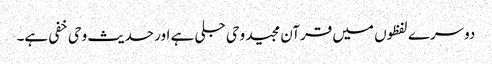
دوسرے لفظوں میں قرآن مجید وحی جلی ہے اور حدیث وحی خفی ہے۔